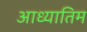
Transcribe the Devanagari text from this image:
आध्यातिम